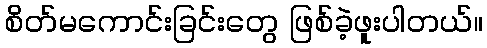
စိတ်မကောင်းခြင်းတွေ ဖြစ်ခဲ့ဖူးပါတယ်။